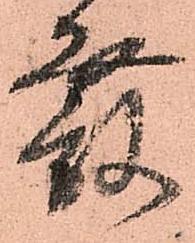
發